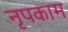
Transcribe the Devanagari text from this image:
नृपकाम